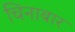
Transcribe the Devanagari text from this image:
चिनाबार